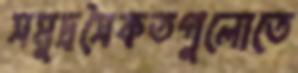
সমুদ্রসৈকতগুলোতে